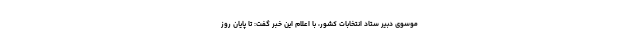
موسوی دبیر ستاد انتخابات کشور، با اعلام این خبر گفت: تا پایان روز